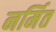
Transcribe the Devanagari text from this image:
नर्मित